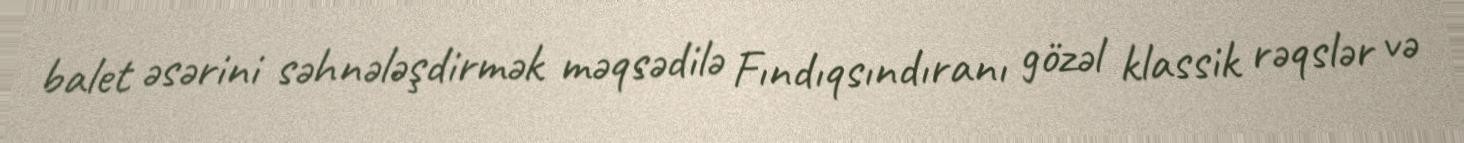
balet əsərini səhnələşdirmək məqsədilə Fındıqsındıranı gözəl klassik rəqslər və